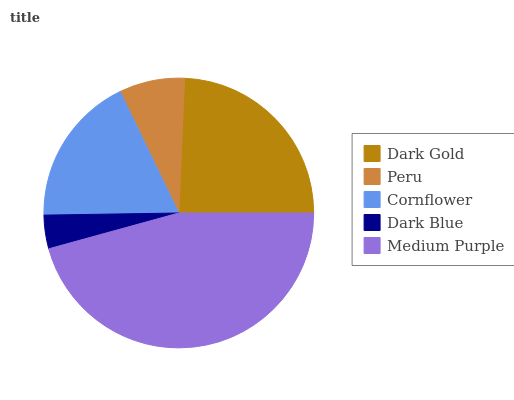
| Dark Gold | Peru | Cornflower | Dark Blue | Medium Purple |
 | --- | --- | --- | --- | --- |
 | 24.3% | 7.83% | 18.1% | 4.03% | 45.7% |